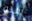
يبدو